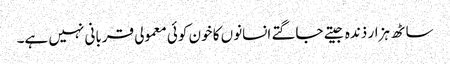
ساٹھ ہزار ذندہ جیتے جاگتے انسانوں کا خون کوئی معمولی قربانی نہیں ہے۔